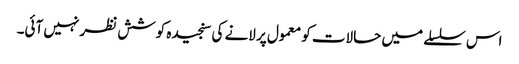
اس سلسلے میں حالات کو معمول پر لانے کی سنجیدہ کوشش نظر نہیں آئی۔